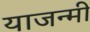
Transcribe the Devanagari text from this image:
याजन्मी